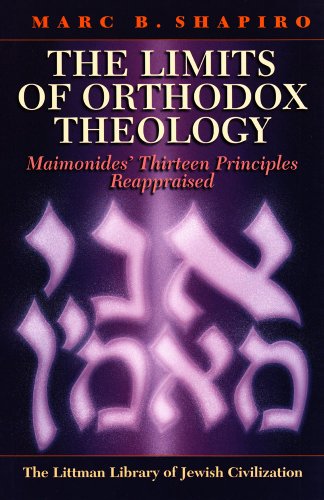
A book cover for The Limits of Orthodox Theology: Maimonides' Thirteen Principles Reappraised (Littman Library of Jewish Civilization); Marc B. Shapiro; Religion & Spirituality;